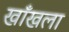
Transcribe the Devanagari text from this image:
खाँखला